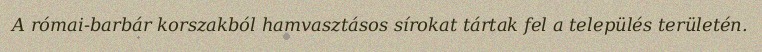
A római-barbár korszakból hamvasztásos sírokat tártak fel a település területén.